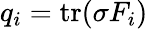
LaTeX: q_{i}=\operatorname{tr}(\sigma F_{i})